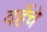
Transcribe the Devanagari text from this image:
वहेंचे